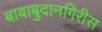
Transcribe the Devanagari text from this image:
बाबाबुदानगिरीस